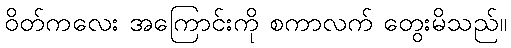
ဝိတ်ကလေး အကြောင်းကို စကာလက် တွေးမိသည်။